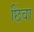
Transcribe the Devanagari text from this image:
छिंवा